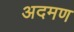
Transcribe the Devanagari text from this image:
अदमण